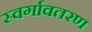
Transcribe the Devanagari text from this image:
स्वर्गावतरण